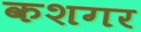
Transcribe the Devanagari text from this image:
कशगर